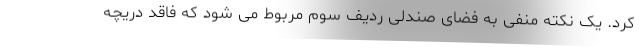
کرد. یک نکته منفی به فضای صندلی ردیف سوم مربوط می شود که فاقد دریچه